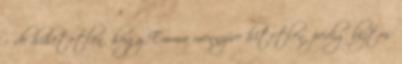
– de hihetetlen, hogy Emma mennyire hitetlen, pedig biztos